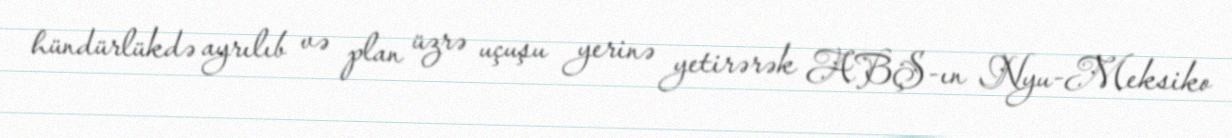
hündürlükdə ayrılıb və plan üzrə uçuşu yerinə yetirərək ABŞ-ın Nyu-Meksiko